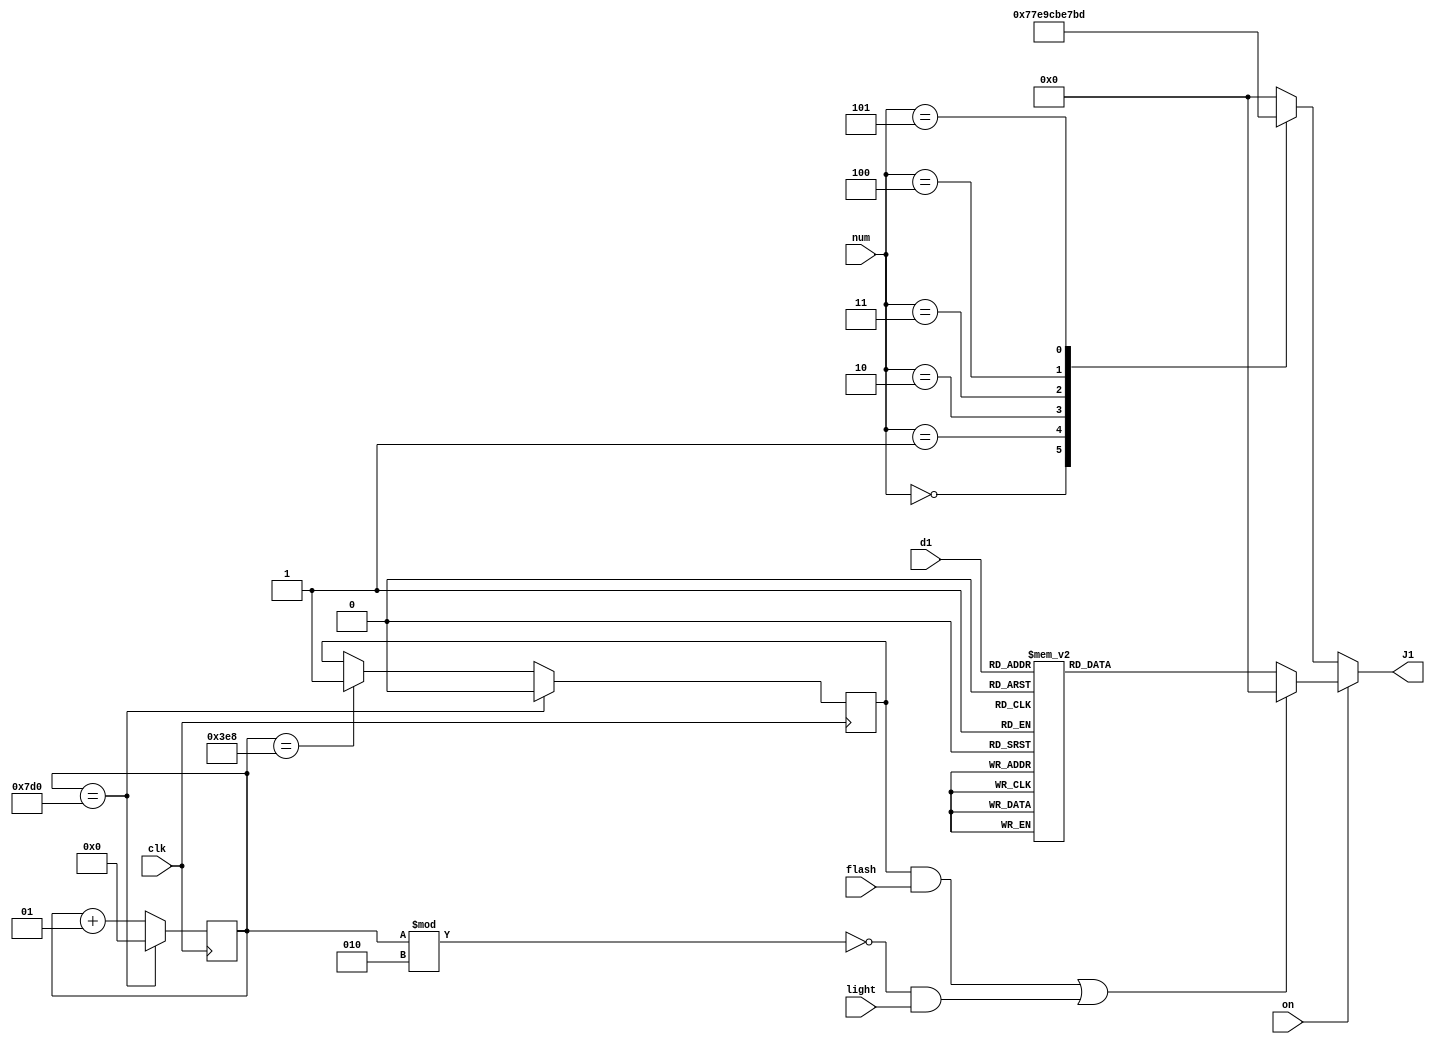
`timescale 1ns / 1ps

module Translate(
	input on,
	input [2:0] num,
	input light,
	input [3:0] d1,
	input flash,
	input clk,
	output reg [6:0] J1
    );

integer temp=0;
reg clkout=0;

always @(posedge clk)
begin
	temp<=temp+1;
	if(temp==1000)
	begin
		clkout<=1;
	end
	if(temp==2000)
	begin
	temp<=0;
	clkout<=0;
	end
end

always @(*)
begin
	if(on==0)
	begin
		case (num)
		3'b000: J1<=7'b0001110;
		3'b001: J1<=7'b1111110;
		3'b010: J1<=7'b1001110;
		3'b011: J1<=7'b0101111;
		3'b100: J1<=7'b1001111;
		3'b101: J1<=7'b0111101;
		default: J1<=7'b0000000;
		endcase
	end
	else
	begin
		case (d1)
			4'd0: J1 <= 7'b1111110;
			4'd1: J1 <= 7'b0110000;
			4'd2: J1 <= 7'b1101101;
			4'd3: J1 <= 7'b1111001;
			4'd4: J1 <= 7'b0110011;
			4'd5: J1 <= 7'b1011011;
			4'd6: J1 <= 7'b1011111;
			4'd7: J1 <= 7'b1110000;
			4'd8: J1 <= 7'b1111111;
			4'd9: J1 <= 7'b1111011;
			4'd10: J1 <= 7'b1110111;
			4'd11: J1 <= 7'b1100111;
			4'd12: J1 <= 7'b0000001;
			//4'd16: J1 = 7'b0000001;
			default: J1 <= 7'b0000000;	
		endcase
		if((clkout==1 && flash==1) || (temp%2==0 && light==1))
		begin
			J1<=7'b0000000;
		end
	end
end

endmodule